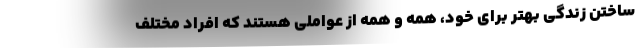
ساختن زندگی بهتر برای خود، همه و همه از عواملی هستند که افراد مختلف